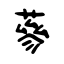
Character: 蔘